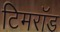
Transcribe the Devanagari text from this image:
टिमरॉड